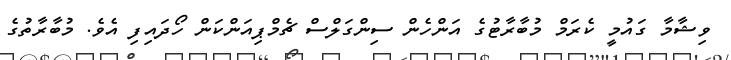
ވިޝާމާ ގައުމީ ކެރަމް މުބާރާޓުގެ އަންހެން ސިންގަލްސް ޗެމްޕިއަންކަން ހޯދައިފި އެވެ. މުބާރާތުގެ